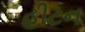
હીટન